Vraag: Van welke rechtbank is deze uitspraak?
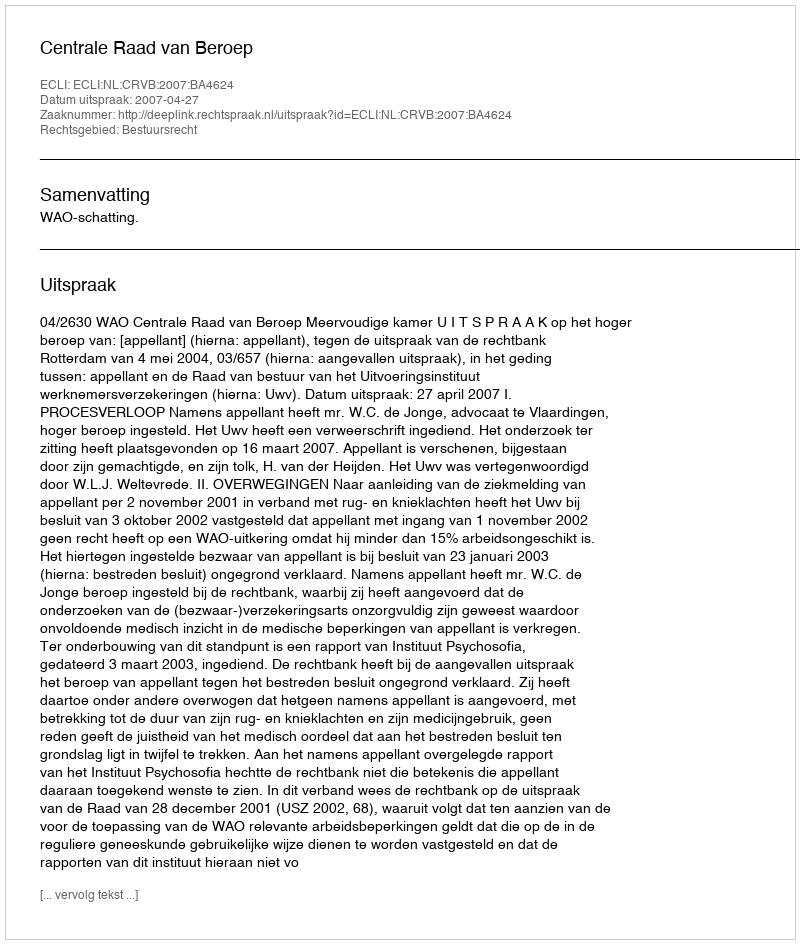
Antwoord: Centrale Raad van Beroep